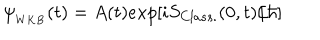
LaTeX: \psi _ { _ { W K B } } ( t ) = A ( t ) e x p [ i S _ { C l a s s . } ( 0 , t ) / \hbar ]